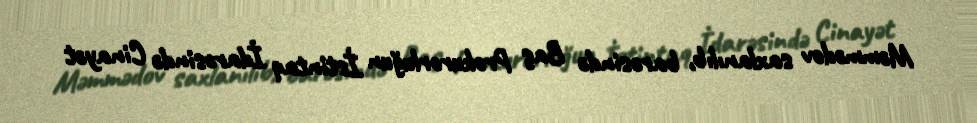
Məmmədov saxlanılıb, barəsində Baş Prokurorluğun İstintaq İdarəsində Cinayət